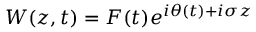
W ( z , t ) = F ( t ) e ^ { i \theta ( t ) + i \sigma z }